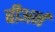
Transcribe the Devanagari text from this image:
बीअर्न